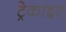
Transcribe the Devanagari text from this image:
ट्रेकाइट